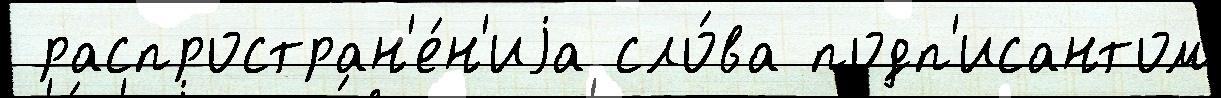
 распростран'е́н'иjа сло́ва подп'исантом